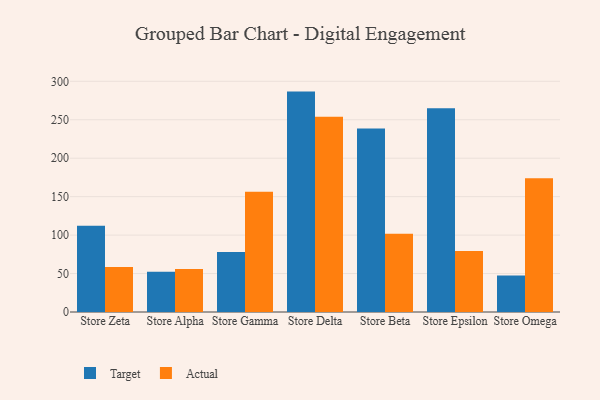
{"axis": {"x": "Store", "y": "Latency (ms)"}, "legend": ["Actual", "Target"], "data": [{"x": "Store Zeta", "y": 112.3, "type": "Target"}, {"x": "Store Zeta", "y": 58.5, "type": "Actual"}, {"x": "Store Alpha", "y": 52.3, "type": "Target"}, {"x": "Store Alpha", "y": 55.9, "type": "Actual"}, {"x": "Store Gamma", "y": 78.1, "type": "Target"}, {"x": "Store Gamma", "y": 156.3, "type": "Actual"}, {"x": "Store Delta", "y": 286.6, "type": "Target"}, {"x": "Store Delta", "y": 254.0, "type": "Actual"}, {"x": "Store Beta", "y": 238.7, "type": "Target"}, {"x": "Store Beta", "y": 101.9, "type": "Actual"}, {"x": "Store Epsilon", "y": 264.9, "type": "Target"}, {"x": "Store Epsilon", "y": 79.2, "type": "Actual"}, {"x": "Store Omega", "y": 47.4, "type": "Target"}, {"x": "Store Omega", "y": 173.9, "type": "Actual"}]}